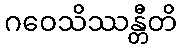
ဂဝေသိဿန္တီတိ